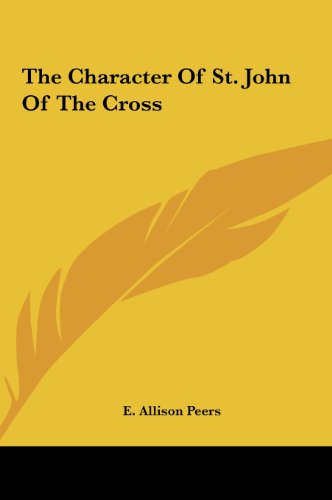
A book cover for The Character Of St. John Of The Cross; E. Allison Peers; Computers & Technology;